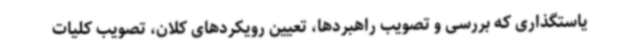
یاستگذاری که بررسی و تصویب راهبردها، تعیین رویکردهای کلان، تصویب کلیات